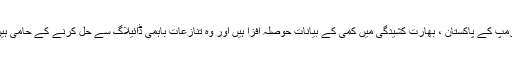
ٹرمپ کے پاکستان ، بھارت کشیدگی میں کمی کے بیانات حوصلہ افزا ہیں اور وہ تنازعات باہمی ڈائیلاگ سے حل کرنے کے حامی ہیں۔